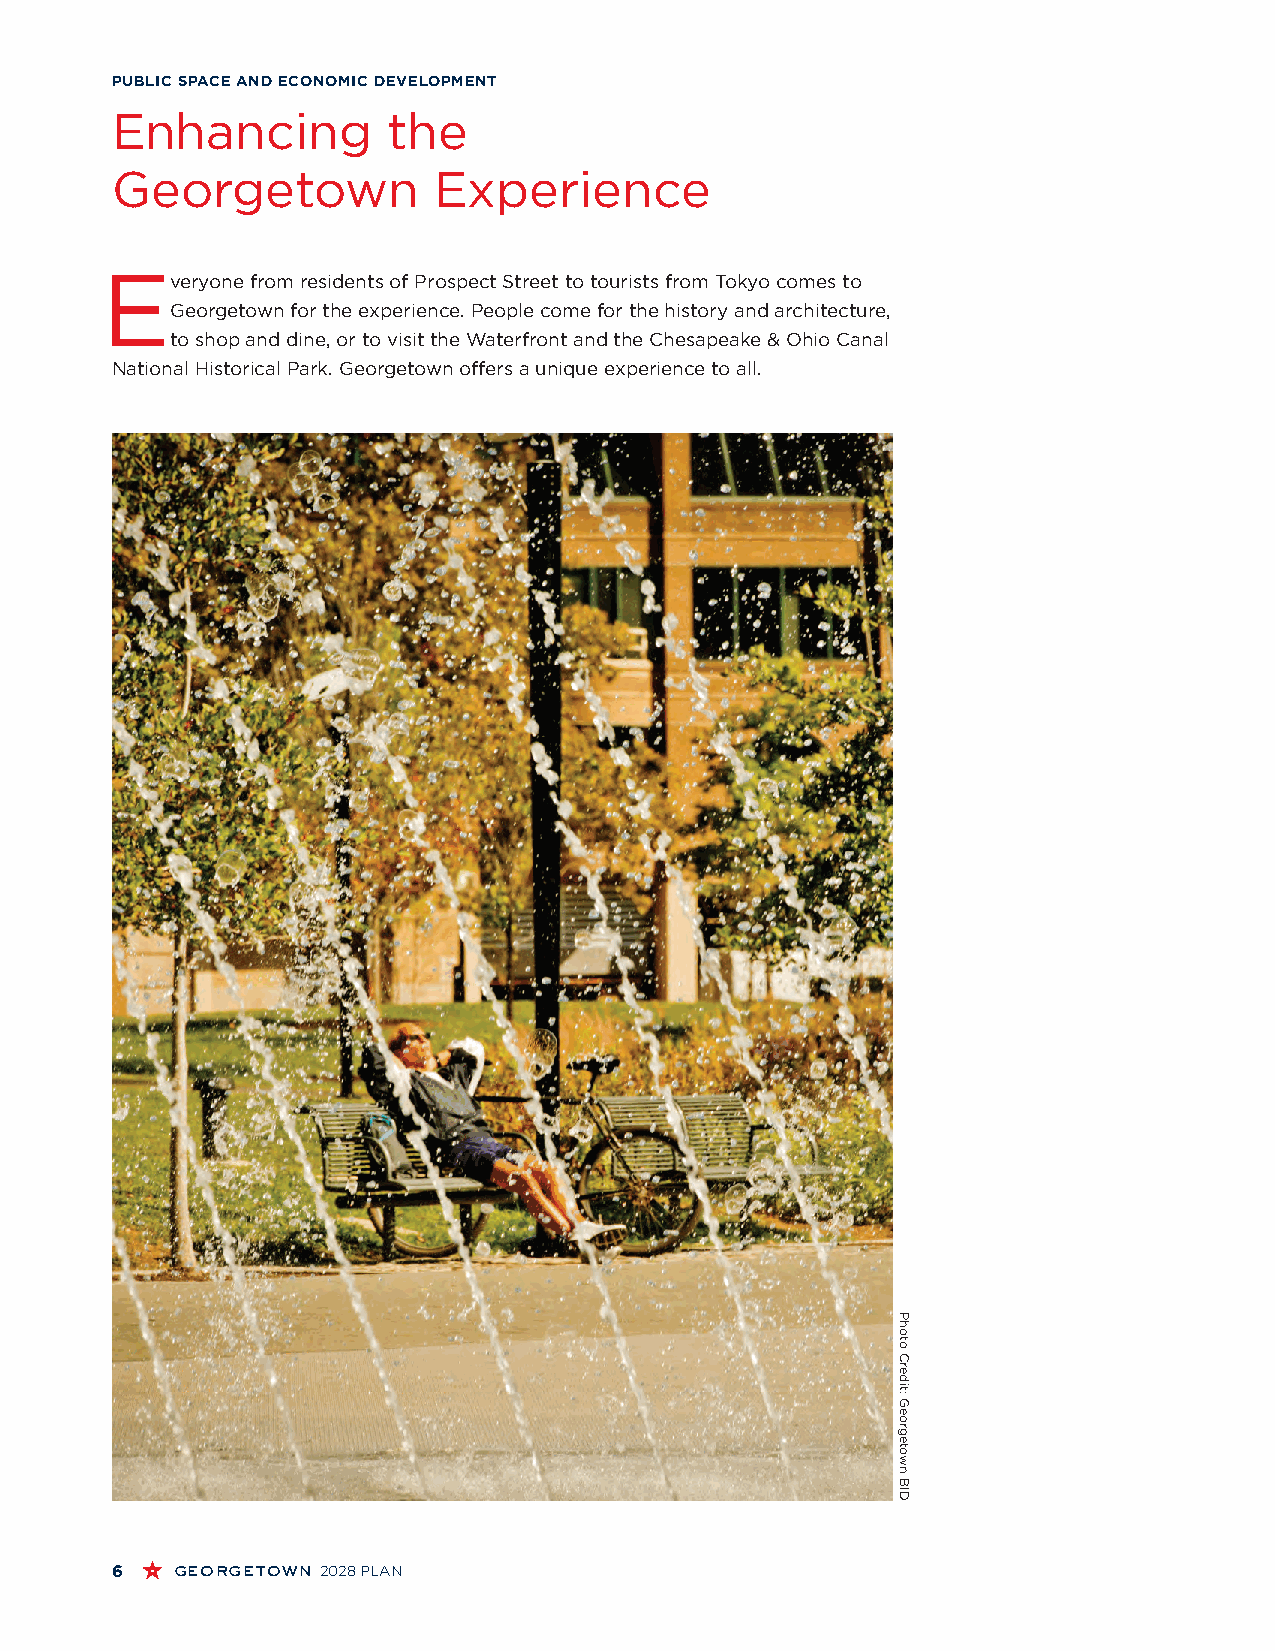
PUBLIC SPACE AND ECONOMIC DEVELOPMENT
 Enhancing          the
 Georgetown            Experience
 E
 veryone from residents of Prospect Street to tourists from Tokyo comes to
 Georgetown for the experience. People come for the history and architecture,
 to shop and dine, or to visit the Waterfront and the Chesapeake & Ohio Canal
 National Historical Park. Georgetown offers a unique experience to all.
 6   georgetown 2028 PLAN
 Photo
 Credit:
 Georgetown
 BID